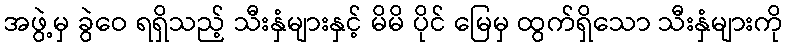
အဖွဲ့မှ ခွဲဝေ ရရှိသည့် သီးနှံများနှင့် မိမိ ပိုင် မြေမှ ထွက်ရှိသော သီးနှံများကို